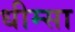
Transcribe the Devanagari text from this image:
धीम्सा